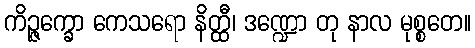
ကိဉ္ဇက္ခော ကေသရော နိတ္ထီ၊ ဒဏ္ဍော တု နာလ မုစ္စတေ။